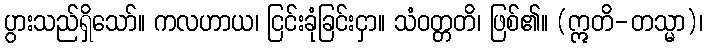
ပွားသည်ရှိသော်။ ကလဟာယ၊ ငြင်းခုံခြင်းငှာ။ သံဝတ္တတိ၊ ဖြစ်၏။ (ဣတိ-တသ္မာ)၊